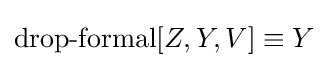
\operatorname {drop-formal} [Z,Y,V]\equiv Y